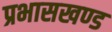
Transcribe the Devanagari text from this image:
प्रभासखण्ड